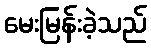
မေးမြန်းခဲ့သည်